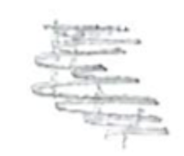
Text: 15,
Cross-out: mix
Writing tool: pencil